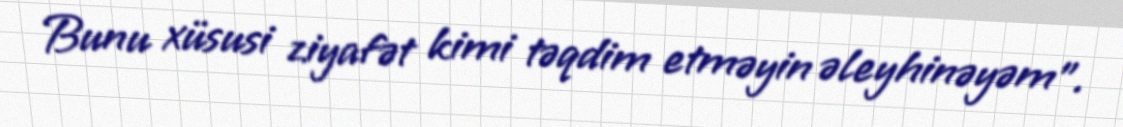
Bunu xüsusi ziyafət kimi təqdim etməyin əleyhinəyəm”.